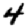
Digit: 4